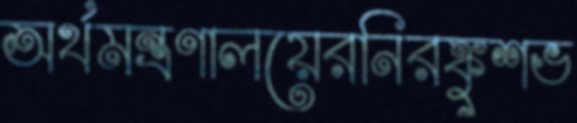
অর্থমন্ত্রণালয়েরনিরঙ্কুশভ